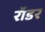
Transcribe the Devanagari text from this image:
रॉडर